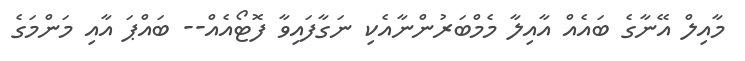
މާއިލް އޭނާގެ ބައެއް އާއިލާ މެމްބަރުންނާއެކި ނަގާފައިވާ ފޮޓޯއެއް-- ބައްޕަ އާއި މަންމަގެ